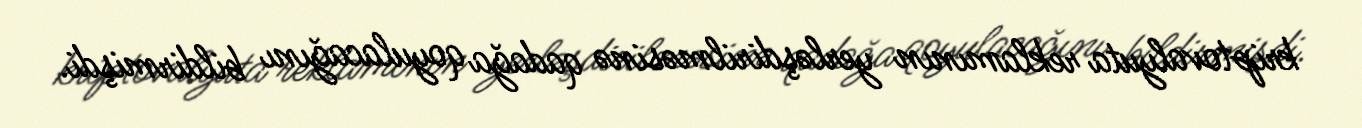
kriptovalyuta reklamının yerləşdirilməsinə qadağa qoyulacağını bildirmişdi.